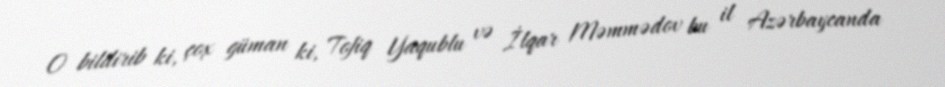
O bildirib ki, çox güman ki, Tofiq Yaqublu və İlqar Məmmədov bu il Azərbaycanda